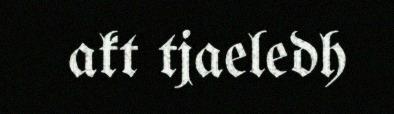
akt tjaeledh